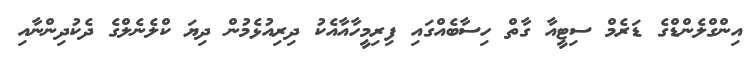
އިންގްލެންޑްގެ ޑަރެމް ސިޓީއާ ގާތް ހިސާބެއްގައި ފިރިމީހާއާއެކު ދިރިއުޅެމުން ދިޔަ ކްލެނެލްގެ ދެކުދިންނާއި